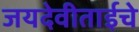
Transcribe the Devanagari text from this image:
जयदेवीताईचे